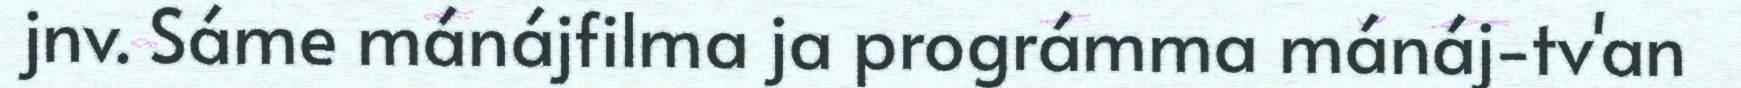
jnv. Sáme mánájfilma ja prográmma mánáj-tv'an